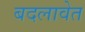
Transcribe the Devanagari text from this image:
बदलावेत